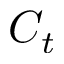
C _ { t }